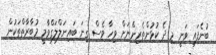
ބުނެފައި ވަނީ މި ދެ ކުޅުންތެރިންނަށް ވިހާ ވެސް ގިނަ ބައިނަލްލަގްވާމީ މުބާރާތްތަކުން